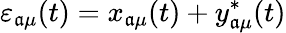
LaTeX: \varepsilon_{\mathfrak{a}\mu}(t)=x_{\mathfrak{a}\mu}(t)+y_{\mathfrak{a}\mu}^{*}(t)